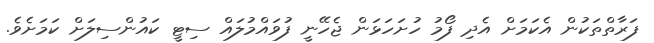
ފަރާތްތަކުން އެކަމަށް އެދި ފޯމު ހުށަހަޅަން ޖެހޭނީ ފުވައްމުލައް ސިޓީ ކައުންސިލަށް ކަމަށެވެ.